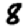
Digit: 8